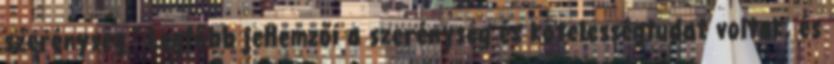
szerénység.” Legfőbb jellemzői a szerénység és kötelességtudat voltak, és